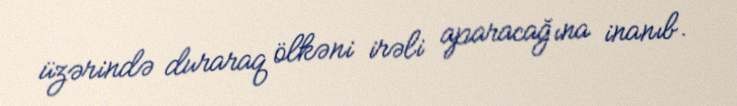
üzərində duraraq ölkəni irəli aparacağına inanıb.